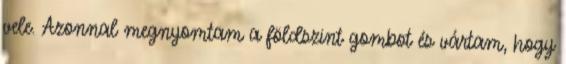
vele. Azonnal megnyomtam a földszint gombot és vártam, hogy